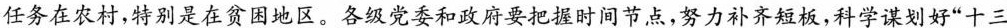
任务在农村，特别是在贫困地区。各级党委和政府要把握时间节点，努力补齐短板，科学谋划好“十三